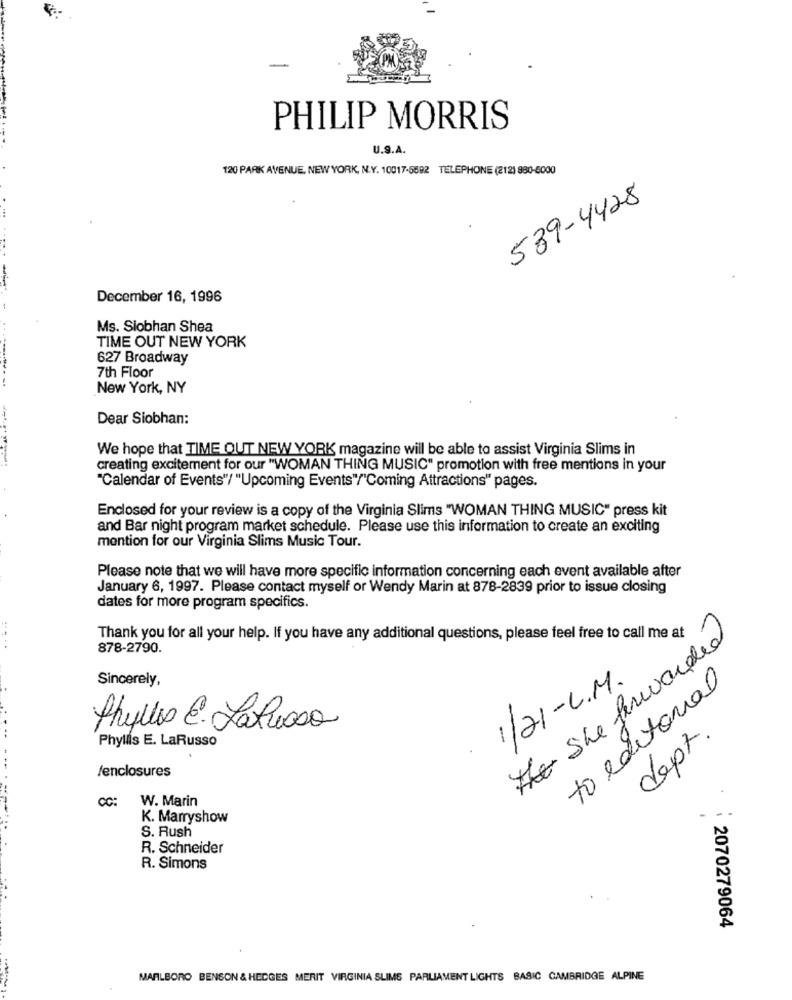
PHILIP MORRIS
U.S.A.
120 PARK AVENUE, NEW YORK, N.Y. 10017-5692 TELEPHONE (212) 880-6000
539-4428
....
December 16, 1996
Ms. Siobhan Shea
TIME OUT NEW YORK
627 Broadway
7th Floor
New York, NY
Dear Siobhan:
We hope that TIME OUT NEW YORK magazine will be able to assist Virginia Slims in
creating excitement for our "WOMAN THING MUSIC" promotion with free mentions in your
"Calendar of Events"/ "Upcoming Events"/"Coming Attractions" pages.
Enclosed for your review is a copy of the Virginia Slims "WOMAN THING MUSIC" press kit
and Bar night program market schedule. Please use this information to create an exciting
mention for our Virginia Slims Music Tour.
Please note that we will have more specific information concerning each event available after
January 6, 1997. Please contact myself or Wendy Marin at 878-2839 prior to issue closing
dates for more program specifics.
the she forwarded
Thank you for all your help. If you have any additional questions, please feel free to call me at
. ..
878-2790.
Sincerely,
1/21-C.M.
to editorial
Phyllis E. LaRussa
dept.
Phyllis E. LaRusso
/enclosures
CC:
W. Marin
.
K. Marryshow
S. Rush
R. Schneider
R. Simons
: 2070279064
MARLBORO BENSON & HEDGES MERIT VIRGINIA SLIMS PARLIAMENT LIGHTS BASIC CAMBRIDGE ALPINE